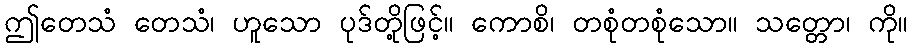
ဤတေသံ တေသံ၊ ဟူသော ပုဒ်တို့ဖြင့်။ ကောစိ၊ တစုံတစုံသော။ သတ္တော၊ ကို။